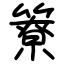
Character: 簝